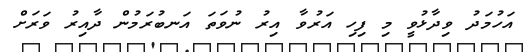
އަހުމަދު ވިދާޅުވީ މި ފިހި އަރުވާ އިރު ނުވަތަ އަނބުރަމުން ދާއިރު ވަރަށް